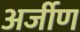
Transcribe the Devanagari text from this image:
अर्जीण